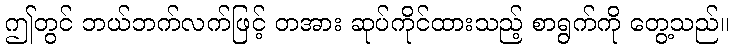
ဤတွင် ဘယ်ဘက်လက်ဖြင့် တအား ဆုပ်ကိုင်ထားသည့် စာရွက်ကို တွေ့သည်။